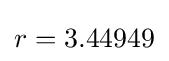
r=3.44949